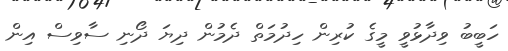
ހަބީބު ވިދާޅުވީ މީގެ ކުރިން ހިދުމަތް ދެމުން ދިޔަ ދޯނި ސާވިސް އިން